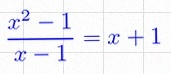
\frac{x^2-1}{x-1}=x+1